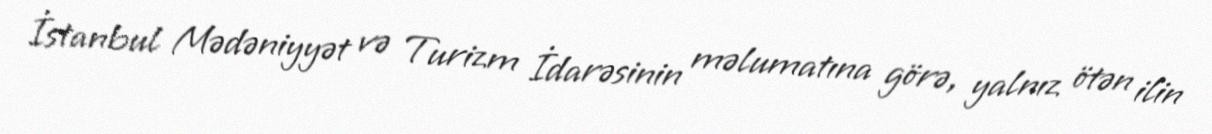
İstanbul Mədəniyyət və Turizm İdarəsinin məlumatına görə, yalnız ötən ilin